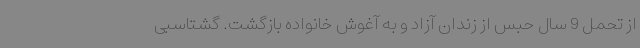
از تحمل 9 سال حبس از زندان آزاد و به آغوش خانواده بازگشت. گشتاسبی